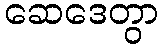
ဆေဒေတွာ